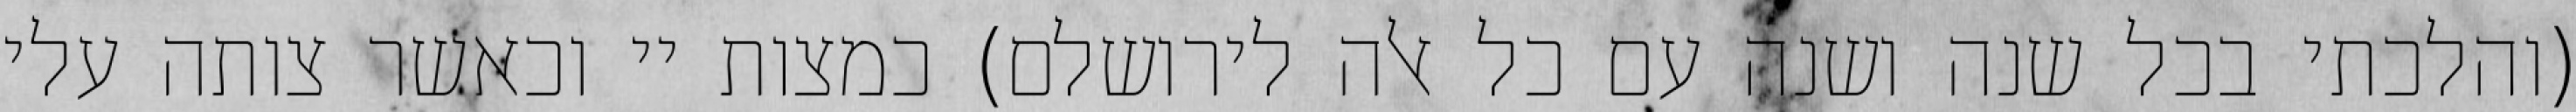
(והלכתי בכל שנה ושנה עם כל אלה לירושלם) כמצות יי וכאשר צותה עלי